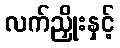
လက်ညှိုးနှင့်